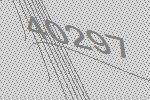
40297